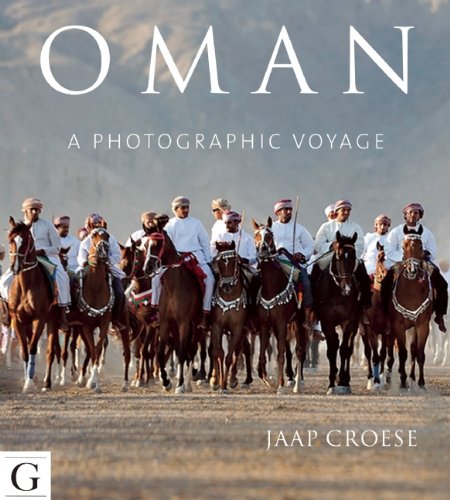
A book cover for Oman - A Photographic Voyage; Jaap Croese; History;